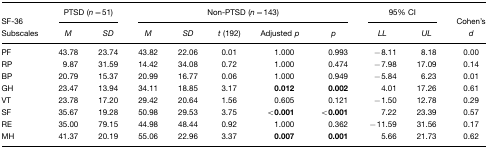
<table><thead><tr><td rowspan="2"><b>SF-36</b></td><td colspan="2"><b>PTSD (<i>n</i>=51)</b></td><td colspan="5"><b>Non-PTSD (<i>n</i>=143)</b></td><td colspan="2"><b>95% CI</b></td><td rowspan="2"><b>Cohen&#x27;s</b></td></tr><tr><td><b>Subscales</b></td><td><b><i>M</i></b></td><td><b><i>SD</i></b></td><td><b><i>M</i></b></td><td><b><i>SD</i></b></td><td><b><i>t</i> (192)</b></td><td><b>Adjusted <i>p</i></b></td><td><b><i>p</i></b></td><td><b><i>LL</i></b></td><td><b><i>UL</i></b></td><td><b><i>d</i></b></td></tr></thead><tbody><tr><td>PF</td><td>43.78</td><td>23.74</td><td>43.82</td><td>22.06</td><td>0.01</td><td>1.000</td><td>0.993</td><td>−8.11</td><td>8.18</td><td>0.00</td></tr><tr><td>RP</td><td>9.87</td><td>31.59</td><td>14.42</td><td>34.08</td><td>0.72</td><td>1.000</td><td>0.474</td><td>−7.98</td><td>17.09</td><td>0.14</td></tr><tr><td>BP</td><td>20.79</td><td>15.37</td><td>20.99</td><td>16.77</td><td>0.06</td><td>1.000</td><td>0.949</td><td>−5.84</td><td>6.23</td><td>0.01</td></tr><tr><td>GH</td><td>23.47</td><td>13.94</td><td>34.11</td><td>18.85</td><td>3.17</td><td><b>0.012</b></td><td><b>0.002</b></td><td>4.01</td><td>17.26</td><td>0.61</td></tr><tr><td>VT</td><td>23.78</td><td>17.20</td><td>29.42</td><td>20.64</td><td>1.56</td><td>0.605</td><td>0.121</td><td>−1.50</td><td>12.78</td><td>0.29</td></tr><tr><td>SF</td><td>35.67</td><td>19.28</td><td>50.98</td><td>29.53</td><td>3.75</td><td><b>&lt;0.001</b></td><td><b>&lt;0.001</b></td><td>7.22</td><td>23.39</td><td>0.57</td></tr><tr><td>RE</td><td>35.00</td><td>79.15</td><td>44.98</td><td>48.44</td><td>0.92</td><td>1.000</td><td>0.362</td><td>−11.59</td><td>31.56</td><td>0.17</td></tr><tr><td>MH</td><td>41.37</td><td>20.19</td><td>55.06</td><td>22.96</td><td>3.37</td><td><b>0.007</b></td><td><b>0.001</b></td><td>5.66</td><td>21.73</td><td>0.62</td></tr></tbody></table>